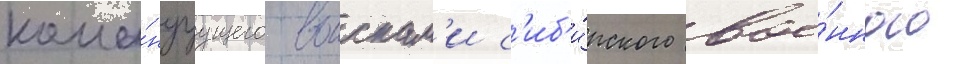
кома́ндуущего воискам'и с'иб'и́рского вое́нного